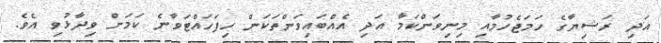
އަދި ރަޝިޔާގެ ހަމަޖެހުމާއި މިނިވަންކަމާ އަދި އެއްބައިވަންތަކަން ހިފަހައްޓަވާނެ ކަމަށް ވިދާޅުވި އެވެ.